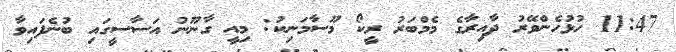
11:47 ހުޅުހެންވޭރު ދާއިރާގެ މެމްބަރު ރީކޯ މޫސާމަނިކު: މިއީ ގާނޫނު އަސާސީގައި ބުނެފައިވާ